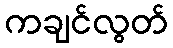
ကချင်လွတ်